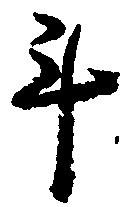
斗